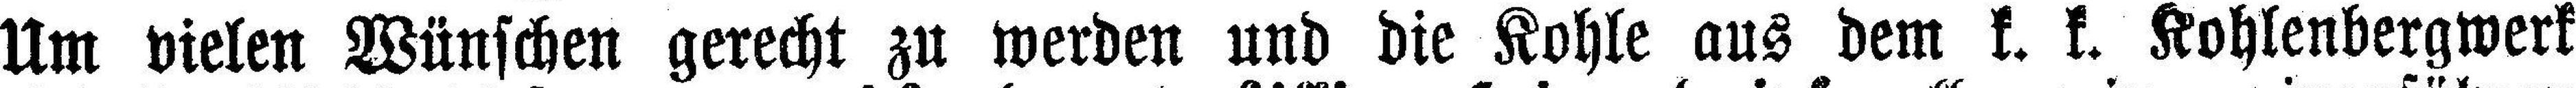
Um vielen Wünschen gerecht zu werden und die Kohle aus dem k. k. Kohlenbergwerk